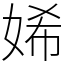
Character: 㛓